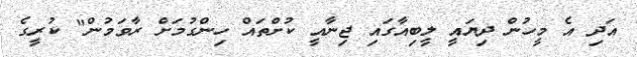
އަދި އެ މީހުން ދިޔައީ ލީބިއާގައި ޖިނާއީ ކުށްތައް ހިންގުމަށް ރާވަމުން" ކުރީގެ